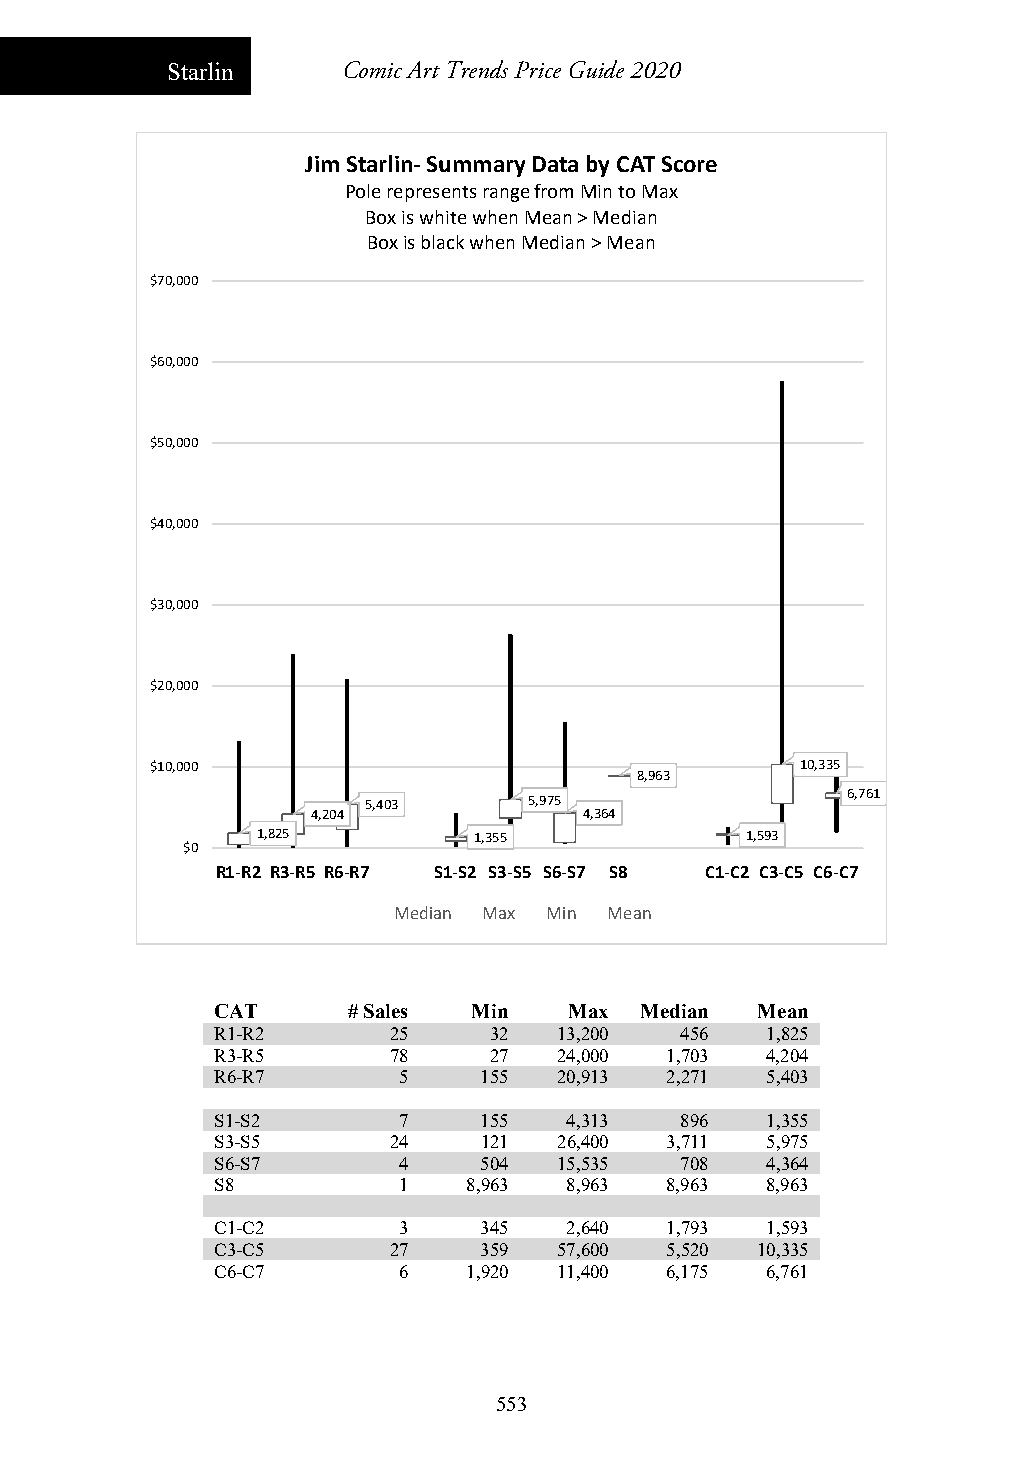
Starlin     Comic Art Trends Price Guide 2020
 Jim Starlin‐Summary Data by CAT Score
 Pole represents range from Min to Max
 Box is white when Mean > Median
 Box is black when Median > Mean
 $70,000
 $60,000
 $50,000
 $40,000
 $30,000
 $20,000
 $10,000                                    10,335
 8,963
 6,761
 5,403      5,975
 4,204             4,364
 1,825         1,355             1,593
 $0
 R1‐R2 R3‐R5 R6‐R7 S1‐S2 S3‐S5 S6‐S7 S8 C1‐C2 C3‐C5 C6‐C7
 Median Max Min Mean
 CAT      # Sales Min    Max Median  Mean
 R1-R2       25    32   13,200  456   1,825
 R3-R5       78    27   24,000 1,703  4,204
 R6-R7       5     155  20,913 2,271  5,403
 S1-S2       7     155  4,313   896   1,355
 S3-S5       24    121  26,400 3,711  5,975
 S6-S7       4     504  15,535  708   4,364
 S8          1    8,963 8,963  8,963  8,963
 C1-C2       3     345   2,640 1,793  1,593
 C3-C5       27    359  57,600 5,520 10,335
 C6-C7       6    1,920 11,400 6,175  6,761
 553